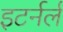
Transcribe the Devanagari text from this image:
इटर्नर्ल